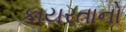
કાયરતાનો